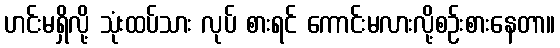
ဟင်းမရှိလို့ သုံးထပ်သား လုပ် စားရင် ကောင်းမလားလို့စဉ်းစားနေတာ။